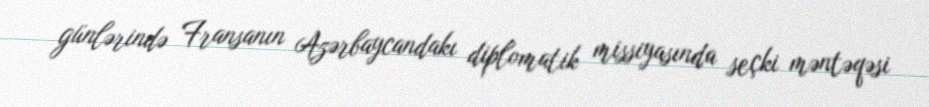
günlərində Fransanın Azərbaycandakı diplomatik missiyasında seçki məntəqəsi